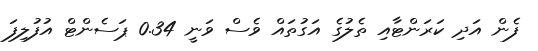
ފެން އަދި ކަރަންޓާއި ތެލުގެ އަގުތައް ވެސް ވަނީ 0.34 ޕަސެންޓް އުފުލިފަ